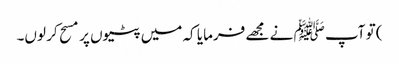
) تو آپ ﷺ نے مجھے فرمایا کہ میں پٹیوں پر مسح کر لوں۔